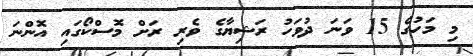
މި މަހުގެ 15 ވަނަ ދުވަހު ރަޝިޔާގެ ވެރި ރަށް މޮސްކޯގައި އޮންނަ